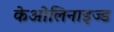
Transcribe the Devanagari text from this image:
केओलिनाइज्ड